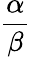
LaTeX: \frac{\alpha}{\beta}